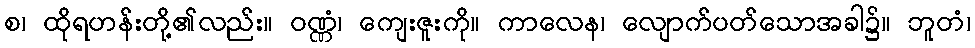
စ၊ ထိုရဟန်းတို့၏လည်း။ ဝဏ္ဏံ၊ ကျေးဇူးကို။ ကာလေန၊ လျောက်ပတ်သောအခါ၌။ ဘူတံ၊